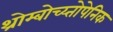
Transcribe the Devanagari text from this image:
थ्रोम्बोच्य्तोपेनिक